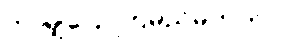
ဘာမျှပြောကြမည်မဟုတ်။